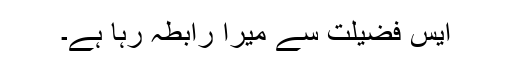
ایس فضیلت سے میرا رابطہ رہا ہے۔